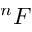
^ n F